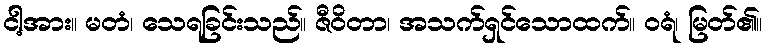
ငါ့အား။ မတံ၊ သေရခြင်းသည်။ ဇီဝိတာ၊ အသက်ရှင်သောထက်။ ဝရံ၊ မြတ်၏။